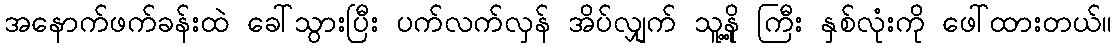
အနောက်ဖက်ခန်းထဲ ခေါ်သွားပြီး ပက်လက်လှန် အိပ်လျှက် သူ့နို့ ကြီး နှစ်လုံးကို ဖေါ်ထားတယ်။